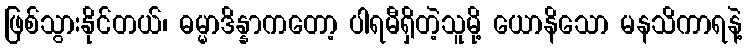
ဖြစ်သွားနိုင်တယ်၊ ဓမ္မာဒိန္နာကတော့ ပါရမီရှိတဲ့သူမို့ ယောနိသော မနသိကာရနဲ့